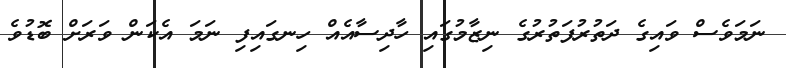
ނަމަވެސް ވައިގެ ދަތުރުފަތުރުގެ ނިޒާމުގައި ހާދިސާއެއް ހިނގައިފި ނަމަ އެކަން ވަރަށް ބޮޑުވެ